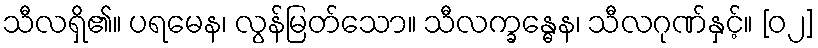
သီလရှိ၏။ ပရမေန၊ လွန်မြတ်သော။ သီလက္ခန္ဓေန၊ သီလဂုဏ်နှင့်။ [၀၂]